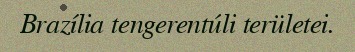
Brazília tengerentúli területei.